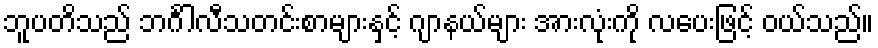
ဘူပတိသည် ဘင်္ဂါလီသတင်းစာများနှင့် ဂျာနယ်များ အားလုံးကို လပေးဖြင့် ဝယ်သည်။